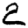
Digit: 2